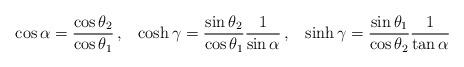
LaTeX: \begin{align*}\cos\alpha=\frac{\cos\theta_2}{\cos\theta_1}\,,\;\;\;\cosh\gamma=\frac{\sin\theta_2}{\cos\theta_1}\frac{1}{\sin\alpha}\,,\;\;\;\sinh\gamma=\frac{\sin\theta_1}{\cos\theta_2}\frac{1}{\tan\alpha}\end{align*}